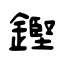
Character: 鏗